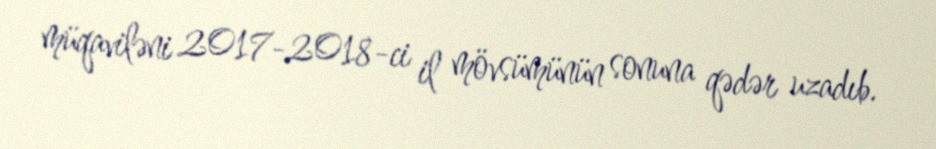
müqaviləni 2017-2018-ci il mövsümünün sonuna qədər uzadıb.